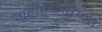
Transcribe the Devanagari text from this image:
गृहीतकांबाबत